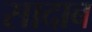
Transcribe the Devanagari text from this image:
सादाब